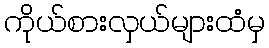
ကိုယ်စားလှယ်များထံမှ